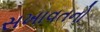
સખાવતનો